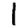
Digit: 1